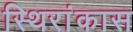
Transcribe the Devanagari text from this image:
स्थिरांकास